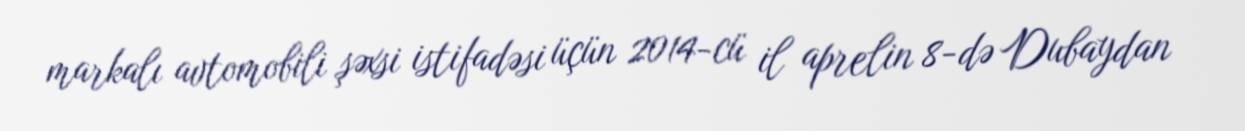
markalı avtomobili şəxsi istifadəsi üçün 2014-cü il aprelin 8-də Dubaydan